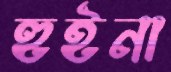
হুইনা